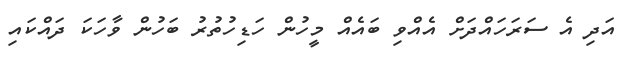
އަދި އެ ސަރަހައްދަށް އެއްވި ބައެއް މީހުން ހަޑިހުތުރު ބަހުން ވާހަކަ ދައްކައި